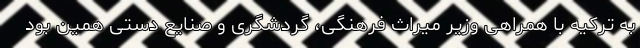
به ترکیه با همراهی وزیر میراث فرهنگی، گردشگری و صنایع دستی همین بود